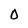
Character: O